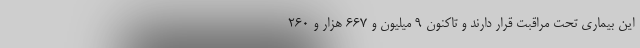
این بیماری تحت مراقبت قرار دارند و تاکنون ۹ میلیون و ۶۶۷ هزار و ۲۶۰